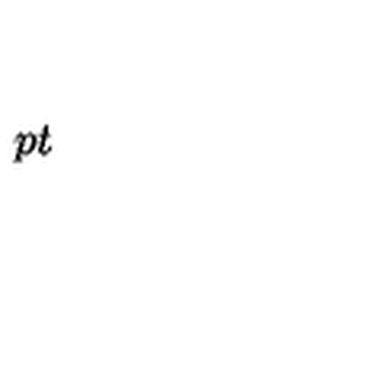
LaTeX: \setlength { \fboxsep } { 7 p t } \framebox { a = P _ { I } ( [ F ^ { a } ] , [ H ] ) d ^ { n } x , } \setlength { \fboxsep } { 3 p t }